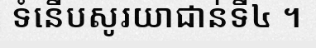
ទំនើបសូរយាជាន់ទី៤ ។